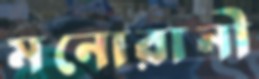
মনোরানী